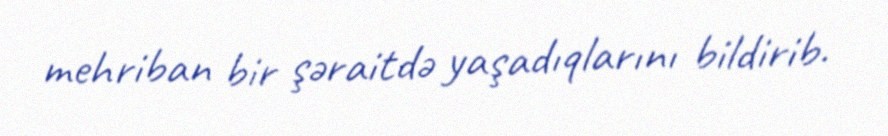
mehriban bir şəraitdə yaşadıqlarını bildirib.